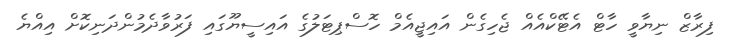
ފިރާޒް ނިޔާވީ ހާޓް އެޓޭކްއެއް ޖެހިގެން އައިޖީއެމް ހޮސްޕިޓަލުގެ އައިސީޔޫގައި ފަރުވާދެމުންދަނިކޮށް އިއްޔެ